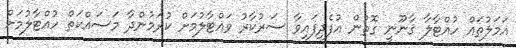
އަމަލުތައް ހުއްޓާލާ ޤާނޫނީ ގޮތުން އުފެދިފައިވާ ސަރުކާރު ވައްޓާލުމަށް ކުރަމުންދާ މަސައްކަތް ހުއްޓާލުމަށް